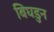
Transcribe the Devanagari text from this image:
बिघडुन